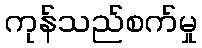
ကုန်သည်စက်မှု